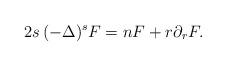
LaTeX: \begin{align*}2s\,(-\Delta)^s F = nF+ r\partial_{r} F.\end{align*}